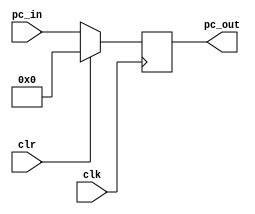
`timescale 1ns / 1ps

module program_counter(
	input clk,
	input [15:0] pc_in,	
	input clr,
	output reg [15:0] pc_out
);
	initial begin
		pc_out = 0;
	end
	
	always@ (posedge clk) begin
		if(clr)
			pc_out = 0;
		else
			pc_out = pc_in;
	end
endmodule